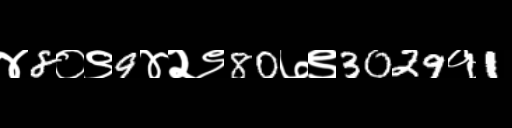
Text: ४8०९9४२९80७९3029१1